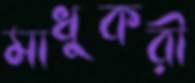
মাধুকরী